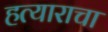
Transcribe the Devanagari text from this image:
हत्याराचा